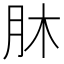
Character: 𦙣